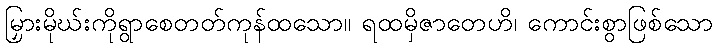
မြှားမိုဃ်းကိုရွာစေတတ်ကုန်ထသော။ ရထမှိဇာတေဟိ၊ ကောင်းစွာဖြစ်သော